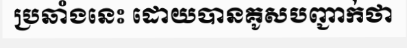
ប្រឆាំងនេះ ដោយបានគូសបញ្ជាក់ថា